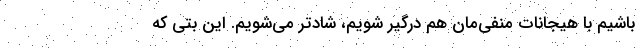
باشیم با هیجانات منفی‌مان هم درگیر شویم، شادتر می‌شویم. این بتی که